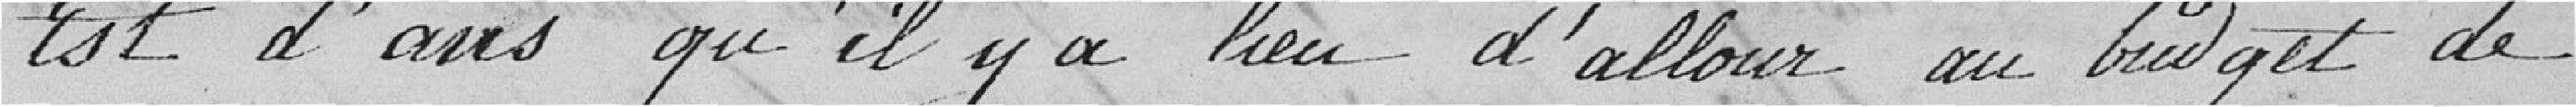
Est d'avis qu'il y a lieu d'allouer au budget de